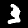
Label: 3